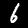
Label: 6